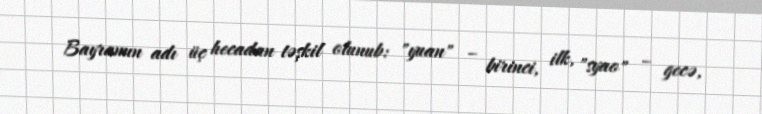
Bayramın adı üç hecadan təşkil olunub: "yuan" – birinci, ilk, "syao" – gecə,